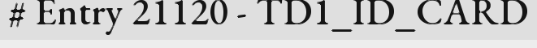
# Entry 21120 - TD1_ID_CARD